Rangoon Lunatic Asylum 1898-1906 - 1898-1906
Year: 1898
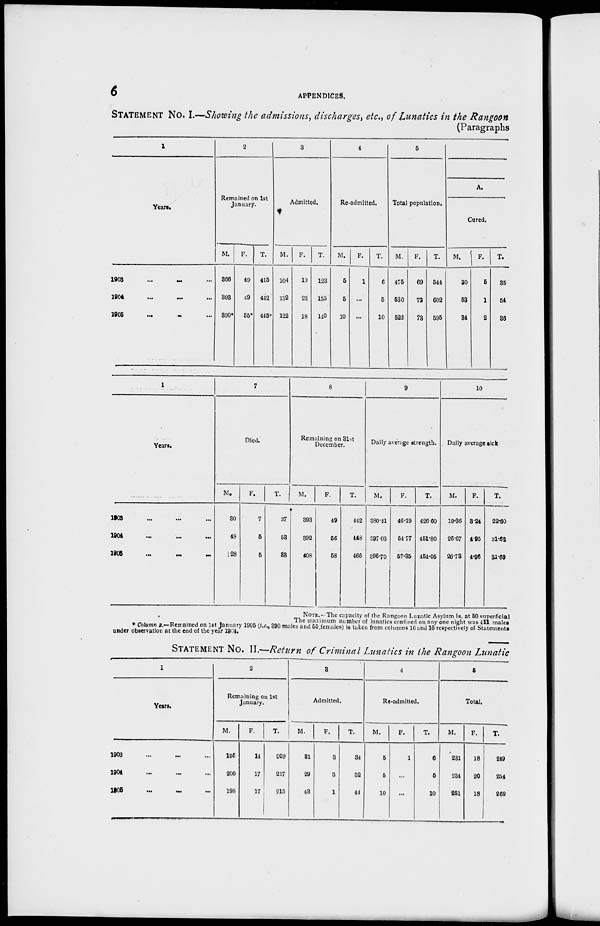
6
APPENDICES.
STATEMENT
NO. I.––Showing the admissions, discharges, etc., of Lunatics in the Rangoon
(Paragraphs
1
Years.
1903
...
...
1904
1906
2
Remained on 1st
January.
M.
366
393
390*
F.
T.
40
49
55*
415
442
445*
3
Admitted,
M.
104
132
122
F.
19
23
18
T.
123
155
140
4
Re-admltted.
M.
5
5
10
F.
1
...
...
T.
6
5
10
5
Total population.
M.
475
530
522
F.
69
72
73
T.
544
602
596
A.
Cured.
M.
30
53
34
F.
5
1
2
T.
35
54
36
1
Years.
1903 ... ... ...
1904 ... ... ...
1905
...
...
...
7
Died.
M.
30
48
28
F.
7
5
5
T.
37
58
33
8
Remaining on 31st
December.
M.
393
392
408
F.
49
56
58
T.
442
448
466
9
Daily average strength.
M.
380.41
397. 03
396.70
F.
46.19
54.77
57.35
T.
426.60
451.80
454.05
10
Daily average tick
M.
19.36
26.67
26.78
F.
3.24
4.95
4.96
T.
22.60
31.62
31.69
NOTE.- The capacity of the Rangoon Lunatic Asylum is, at 50 superficial
The maximum number of lunatics confined on any one night was 411 males
Column 2.—Remained on 1st January 1905 (i.e., 390 males and 55 females) is taken from columns 10 and 16 respectively of Statements
under observation at the end of the year 1904.
STATEMENT NO. II.—Return of Criminal Lunatics in the Rangoon Lunatic
1
Years.
1903 ... ... ...
1904 ... ... ...
1905 ... ... ...
2
Remaining on 1st
January.
M.
195
200
198
F.
14
17
17
T.
209
217
215
3
Admitted.
M.
31
29
48
F.
3
3
1
T.
34
32
44
4
Re-admitted.
M.
5
5
10
F.
1
...
...
T.
6
5
10
5
Total.
M.
231
234
251
F.
18
20
18
T.
249
254
269